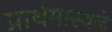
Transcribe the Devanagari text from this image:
प्रार्थमास्थळे